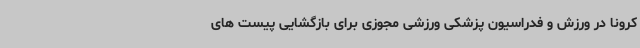
کرونا در ورزش و فدراسیون پزشکی ورزشی مجوزی برای بازگشایی پیست های